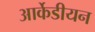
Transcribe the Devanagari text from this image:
आर्केडीयन